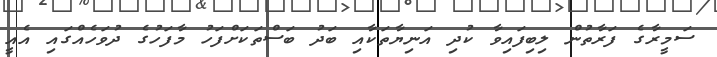
ސަމީރާގެ ފަރާތުން ލިބިފައިވާ ކުދި އަނިޔާތަކާއި ބަދު ބަސްތަކަށްފަހު މާފަހުގެ ދުވަހެއްގައި އެއީ